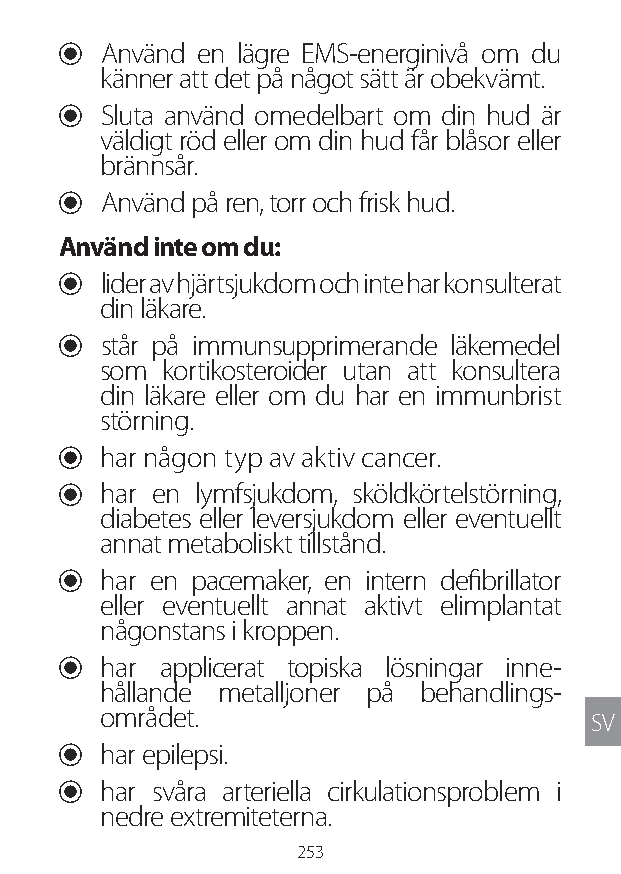
U Använd en lägre EMS-energinivå om du
 känner att det på något sätt är obekvämt.
 U Sluta använd omedelbart om din hud är
 väldigt röd eller om din hud får blåsor eller
 brännsår.
 U Använd på ren, torr och frisk hud.
 Använd inte om du:
 U lider av hjärtsjukdom och inte har konsulterat
 din läkare.
 U står på immunsupprimerande läkemedel
 som kortikosteroider utan att konsultera
 din läkare eller om du har en immunbrist
 störning.
 U har någon typ av aktiv cancer.
 U har en lymfsjukdom, sköldkörtelstörning,
 diabetes eller leversjukdom eller eventuellt
 annat metaboliskt tillstånd.
 U har en pacemaker, en intern defibrillator
 eller eventuellt annat aktivt elimplantat
 någonstans i kroppen.
 U har applicerat topiska lösningar inne-
 hållande metalljoner på behandlings-
 området.
 SV
 U har epilepsi.
 U har svåra arteriella cirkulationsproblem i
 nedre extremiteterna.
 253
 Lipo UM EU124 3545B inside ALL EU124 ED296-24 release.indd 253 14/08/2018 10:57:48